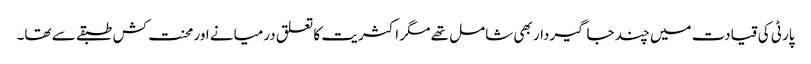
پارٹی کی قیادت میں چند جاگیردار بھی شامل تھے مگر اکثریت کا تعلق درمیانے اور محنت کش طبقے سے تھا۔